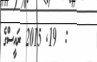
:  19